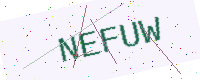
Text: NEFUW